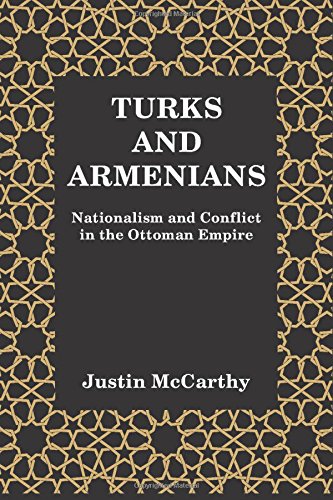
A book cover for Turks and Armenians: Nationalism and Conflict in the Ottoman Empire; Justin McCarthy; History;